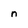
Character: n